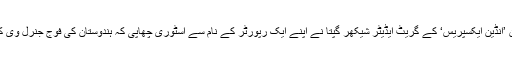
لیکن دوسرے دن، ایک دن چھوڑ کر اس کے اگلے دن ’انڈین ایکسپریس‘ کے گریٹ ایڈیٹر شیکھر گپتا نے اپنے ایک رپورٹر کے نام سے اسٹوری چھاپی کہ ہندوستان کی فوج جنرل وی کے سنگھ کے حکم پر اقتدار پر قبضہ کرنا چاہتی ہے۔